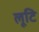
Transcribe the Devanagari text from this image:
लूटि